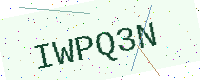
Text: IWPQ3N